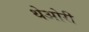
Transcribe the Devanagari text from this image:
थेओरी